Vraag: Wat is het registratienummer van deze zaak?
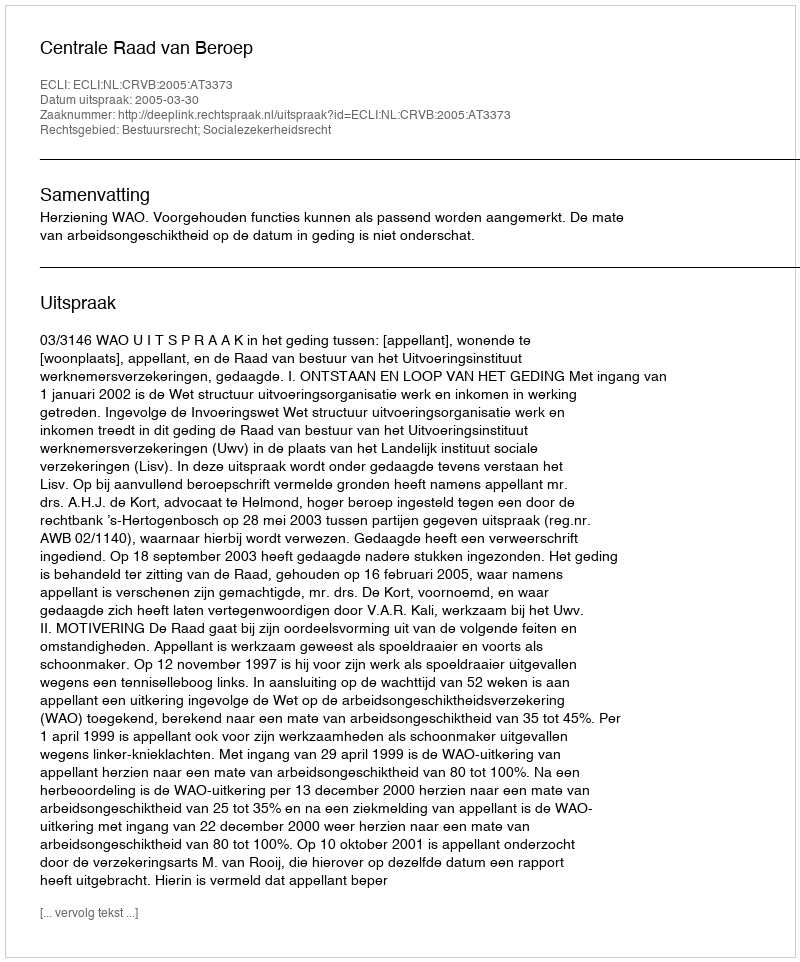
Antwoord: http://deeplink.rechtspraak.nl/uitspraak?id=ECLI:NL:CRVB:2005:AT3373